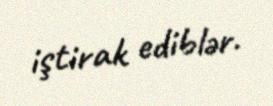
iştirak ediblər.